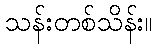
သန်းတစ်သိန်း။